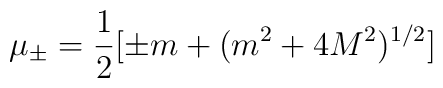
\mu_{\pm} = \frac{1}{2}[\pm m + (m^2 + 4M^2)^{1/2}]